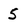
Character: 5